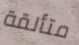
متألقة